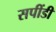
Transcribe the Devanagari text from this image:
सपींडी